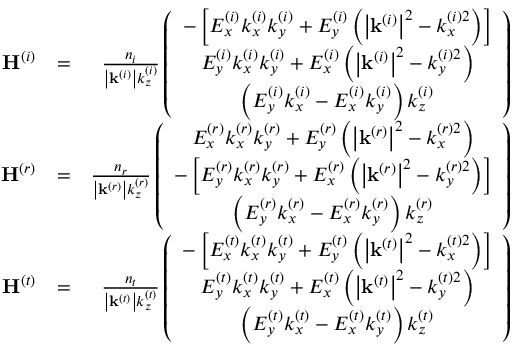
\begin{array} { r l r } { \mathbf { H } ^ { \left( i \right) } } & { = } & { \frac { n _ { i } } { \left\vert \mathbf { k } ^ { \left( i \right) } \right\vert k _ { z } ^ { \left( i \right) } } \left( \begin{array} { c } { - \left[ E _ { x } ^ { \left( i \right) } k _ { x } ^ { \left( i \right) } k _ { y } ^ { \left( i \right) } + E _ { y } ^ { \left( i \right) } \left( \left\vert \mathbf { k } ^ { \left( i \right) } \right\vert ^ { 2 } - k _ { x } ^ { \left( i \right) 2 } \right) \right] } \\ { E _ { y } ^ { \left( i \right) } k _ { x } ^ { \left( i \right) } k _ { y } ^ { \left( i \right) } + E _ { x } ^ { \left( i \right) } \left( \left\vert \mathbf { k } ^ { \left( i \right) } \right\vert ^ { 2 } - k _ { y } ^ { \left( i \right) 2 } \right) } \\ { \left( E _ { y } ^ { \left( i \right) } k _ { x } ^ { \left( i \right) } - E _ { x } ^ { \left( i \right) } k _ { y } ^ { \left( i \right) } \right) k _ { z } ^ { \left( i \right) } } \end{array} \right) } \\ { \mathbf { H } ^ { \left( r \right) } } & { = } & { \frac { n _ { r } } { \left\vert \mathbf { k } ^ { \left( r \right) } \right\vert k _ { z } ^ { \left( r \right) } } \left( \begin{array} { c } { E _ { x } ^ { \left( r \right) } k _ { x } ^ { \left( r \right) } k _ { y } ^ { \left( r \right) } + E _ { y } ^ { \left( r \right) } \left( \left\vert \mathbf { k } ^ { \left( r \right) } \right\vert ^ { 2 } - k _ { x } ^ { \left( r \right) 2 } \right) } \\ { - \left[ E _ { y } ^ { \left( r \right) } k _ { x } ^ { \left( r \right) } k _ { y } ^ { \left( r \right) } + E _ { x } ^ { \left( r \right) } \left( \left\vert \mathbf { k } ^ { \left( r \right) } \right\vert ^ { 2 } - k _ { y } ^ { \left( r \right) 2 } \right) \right] } \\ { \left( E _ { y } ^ { \left( r \right) } k _ { x } ^ { \left( r \right) } - E _ { x } ^ { \left( r \right) } k _ { y } ^ { \left( r \right) } \right) k _ { z } ^ { \left( r \right) } } \end{array} \right) } \\ { \mathbf { H } ^ { \left( t \right) } } & { = } & { \frac { n _ { t } } { \left\vert \mathbf { k } ^ { \left( t \right) } \right\vert k _ { z } ^ { \left( t \right) } } \left( \begin{array} { c } { - \left[ E _ { x } ^ { \left( t \right) } k _ { x } ^ { \left( t \right) } k _ { y } ^ { \left( t \right) } + E _ { y } ^ { \left( t \right) } \left( \left\vert \mathbf { k } ^ { \left( t \right) } \right\vert ^ { 2 } - k _ { x } ^ { \left( t \right) 2 } \right) \right] } \\ { E _ { y } ^ { \left( t \right) } k _ { x } ^ { \left( t \right) } k _ { y } ^ { \left( t \right) } + E _ { x } ^ { \left( t \right) } \left( \left\vert \mathbf { k } ^ { \left( t \right) } \right\vert ^ { 2 } - k _ { y } ^ { \left( t \right) 2 } \right) } \\ { \left( E _ { y } ^ { \left( t \right) } k _ { x } ^ { \left( t \right) } - E _ { x } ^ { \left( t \right) } k _ { y } ^ { \left( t \right) } \right) k _ { z } ^ { \left( t \right) } } \end{array} \right) } \end{array}